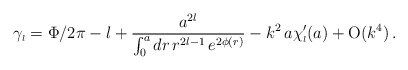
\begin{align*}\gamma_{\scriptscriptstyle{l}}=\Phi/2 \pi - l +\frac{a^{2l}}{\int_0^a dr\,r^{2l-1}\,e^{2 \phi(r)}}-k^2\,a \chi_{\scriptscriptstyle{l}}^{\prime}(a) + \mbox{O}(k^4)\,.\end{align*}